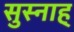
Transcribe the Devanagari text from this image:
सुस्नाह्